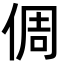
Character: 倜